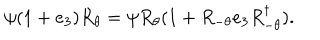
\psi ( 1 + e _ { 3 } ) R _ { \theta } = \psi R _ { \theta } ( 1 + R _ { - \theta } e _ { 3 } R _ { - \theta } ^ { \dagger } ) .